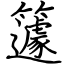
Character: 籧